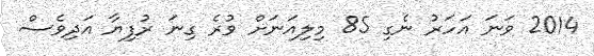
2014 ވަނަ އަހަރު ނެގި 85 މިލިއަނަށް ވުރެ ގިނަ ރުފިޔާ އަދިވެސް